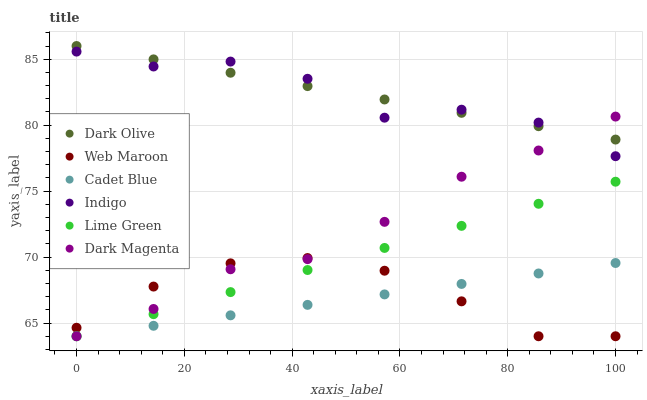
| xaxis_label | Dark Olive | Web Maroon | Cadet Blue | Indigo | Lime Green | Dark Magenta |
 | --- | --- | --- | --- | --- | --- | --- |
 | 0 | 86 | 64.6 | 64 | 85.6 | 64 | 64 |
 | 14.3 | 85 | 67.8 | 64.8 | 84.4 | 65.7 | 66.1 |
 | 28.6 | 84 | 69.5 | 65.6 | 84.8 | 67.3 | 69.1 |
 | 42.9 | 83 | 69.9 | 66.4 | 83.5 | 69 | 69.8 |
 | 57.1 | 81.9 | 69 | 67.2 | 80.6 | 70.7 | 72.7 |
 | 71.4 | 80.9 | 66.6 | 68 | 81.2 | 72.4 | 76.1 |
 | 85.7 | 79.9 | 64 | 68.8 | 80.2 | 74 | 78.1 |
 | 100 | 78.9 | 64 | 69.6 | 77.6 | 75.7 | 80.7 |